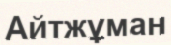
Айтжұман